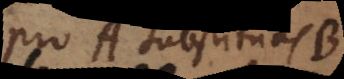
pro A substituas B,